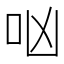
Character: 㕳